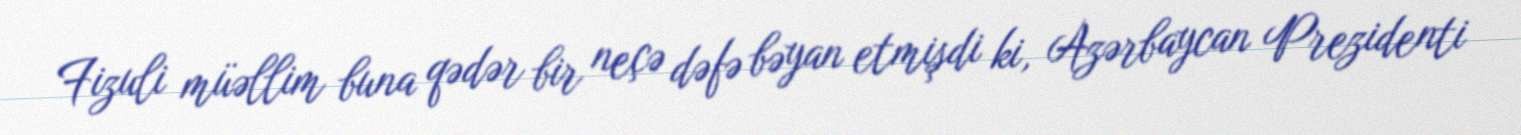
Fizuli müəllim buna qədər bir neçə dəfə bəyan etmişdi ki, Azərbaycan Prezidenti